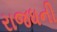
રાજધની